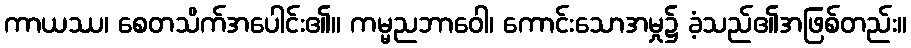
ကာယဿ၊ စေတသိက်အပေါင်း၏။ ကမ္မညဘာဝေါ၊ ကောင်းသောအမှု၌ ခံ့သည်၏အဖြစ်တည်း။